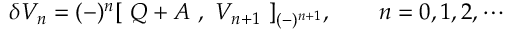
\delta { \cal { V } } _ { n } = ( - ) ^ { n } [ \ Q + { \cal { A } } \ , \ { \cal { V } } _ { n + 1 } \ ] _ { ( - ) ^ { n + 1 } } , \qquad n = 0 , 1 , 2 , \cdots